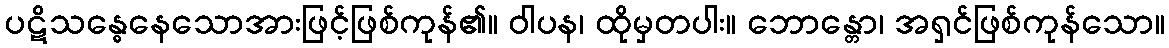
ပဋိသန္ဓေနေသောအားဖြင့်ဖြစ်ကုန်၏။ ဝါပန၊ ထိုမှတပါး။ ဘောန္တော၊ အရှင်ဖြစ်ကုန်သော။